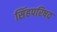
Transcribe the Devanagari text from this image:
सिंहपरिषद